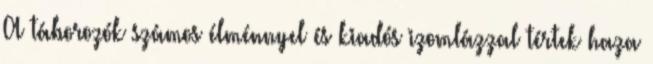
A táborozók számos élménnyel és kiadós izomlázzal tértek haza